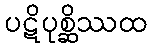
ပဋိပုစ္ဆိဿထ